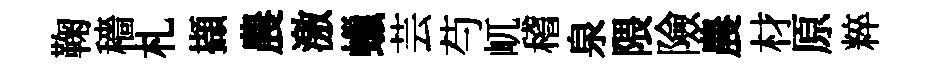
鞠穡札擷農激蠟芸芍屼稽泉隈險農材原粹